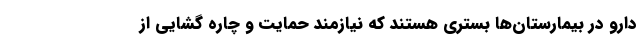
دارو در بیمارستان‌ها بستری هستند که نیازمند حمایت و چاره گشایی از